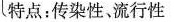
特点：传染性流行性